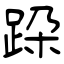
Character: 跥